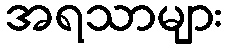
အရသာများ